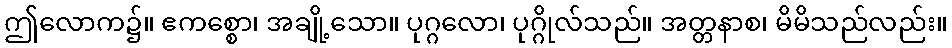
ဤလောက၌။ ဧကစ္စော၊ အချို့သော။ ပုဂ္ဂလော၊ ပုဂ္ဂိုလ်သည်။ အတ္တနာစ၊ မိမိသည်လည်း။